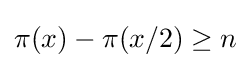
\pi (x)-\pi (x/2)\geq n